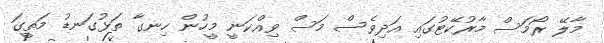
މާލޭ ރޯމަސް މާރުކޭޓުގައި އަދިވެސް މަސް ވިއްކަނީ މީހުން ހިނގާ ތަޅުގަނޑު މަތީގަ